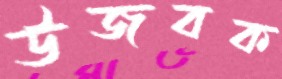
উজবক